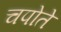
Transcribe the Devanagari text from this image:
चपोते